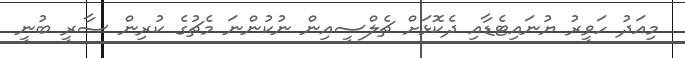
މިއަދު ހަވީރު ޔުނައިޓެޑާއި ދެކޮޅަށް ޗެލްސީއިން ނުކުންނަ މެޗުގެ ކުރިން ސާރީ ބުނީ